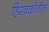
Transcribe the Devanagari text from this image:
हिरवळीतील